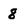
Character: 8